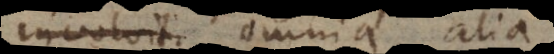
involvat omnia alia